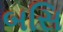
બસિ